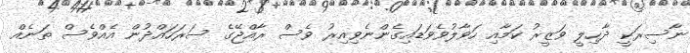
ނާސިރަކީ ދާހިލީ ވަޒީރު ކަމާއި ހަވާލުވެވަޑައިގެންނެވިއިރު ވެސް ރާއްޖޭގެ ސަރަހައްދުން އެއްްވެސް ތަނެއް